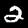
Digit: 2